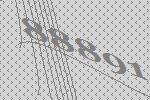
88891